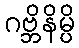
ဂဗ္ဘိနိမ္ပိ